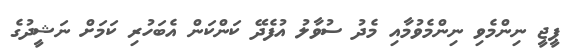
ޕީޖީ ނިންމެވި ނިންމެވުމާއި މެދު ސުވާލު އުފެދޭ ކަންކަން އެބަހުރި ކަމަށް ނަޝީދުގެ